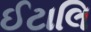
ઈટાલિ